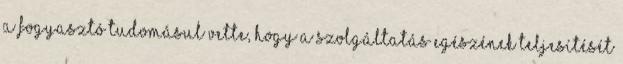
a fogyasztó tudomásul vette, hogy a szolgáltatás egészének teljesítését